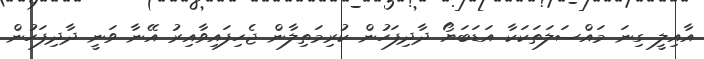
އާއިލީ ގިނަ މައްސަލަތަކަކާ އަޑަބަޔޯ ދާދިފަހުން ކުރިމަތިލާން ޖެހިފައިވާއިރު އޭނާ ވަނީ ދާދިފަހުން